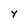
Character: Y